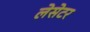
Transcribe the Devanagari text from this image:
लेसेटर